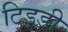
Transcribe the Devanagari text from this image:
टिड़डी